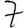
Digit: 7